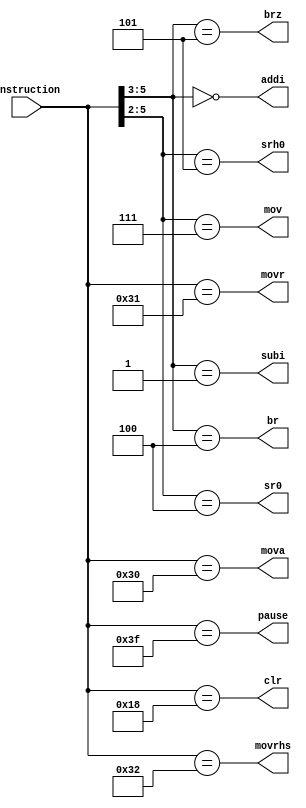
module decoder (input [7:2] instruction,
				output br, brz, addi, subi, sr0, srh0, clr, mov, mova, movr, movrhs, pause
);

assign br = (instruction[7:5] == 3'b100);
assign clr = (instruction[7:2] == 6'b011000);
//user added
assign brz = (instruction[7:5] == 3'b101);
assign addi = (instruction[7:5] == 3'b000);
assign subi = (instruction[7:5] == 3'b001);
assign sr0 = (instruction[7:4] == 4'b0100);
assign srh0 = (instruction[7:4] == 4'b0101);
assign mov = (instruction[7:4] == 4'b0111);
assign mova = (instruction[7:2] == 6'b110000);
assign movr = (instruction[7:2] == 6'b110001);
assign movrhs = (instruction[7:2] == 6'b110010);
assign pause = (instruction[7:2] == 6'b111111);

endmodule